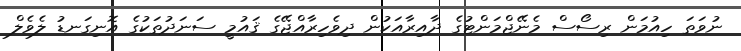
ނުވަތަ ހިއުމަން ރިސޯސް މެނޭޖްމަންޓުގެ ދާއިރާއަކުން ދިވެހިރާއްޖޭގެ ޤައުމީ ސަނަދުތަކުގެ އޮނިގަނޑު ލެވެލް